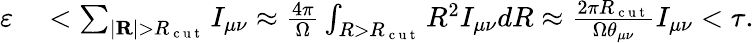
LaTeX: \begin{array}{rl}{\varepsilon}&{{}<\sum_{|\mathbf{R}|>R_{\mathrm{~c~u~t~}}}I_{\mu\nu}\approx\frac{4\pi}{\Omega}\int_{R>R_{\mathrm{~c~u~t~}}}R^{2}I_{\mu\nu}dR\approx\frac{2\pi R_{\mathrm{~c~u~t~}}}{\Omega\theta_{\mu\nu}}I_{\mu\nu}<\tau.}\end{array}